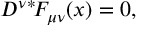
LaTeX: D ^ { \nu } { } ^ { * } \! F _ { \mu \nu } ( x ) = 0 ,